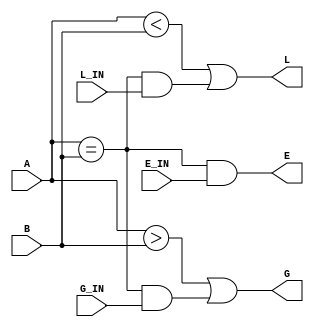
module Comparador_4bits (output wire G, L, E, input G_IN, input L_IN, input E_IN, input wire [3:0] A, B);

    assign G = (A > B) || ((A == B) && G_IN);
    assign L = (A < B) || ((A == B) && L_IN);
    assign E = ((A == B) && E_IN);

endmodule

/*
module comparador_4bits(output wire G, L, E, input wire [3:0] A, B);

    assign G = (A > B);
    assign L = (A < B);
    assign E = (A == B);

endmodule
*/